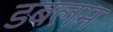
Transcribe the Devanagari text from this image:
डबलम